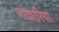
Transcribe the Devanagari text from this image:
नरवारिया